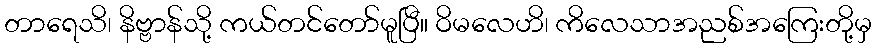
တာရေသိ၊ နိဗ္ဗာန်သို့ ကယ်တင်တော်မူပြီ။ ဝိမလေဟိ၊ ကိလေသာအညစ်အကြေးတို့မှ